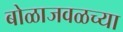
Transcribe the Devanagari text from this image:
बोळाजवळच्या